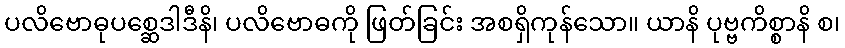
ပလိဗောဓုပစ္ဆေဒါဒီနိ၊ ပလိဗောဓကို ဖြတ်ခြင်း အစရှိကုန်သော။ ယာနိ ပုဗ္ဗကိစ္စာနိ စ၊